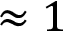
\approx 1